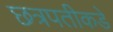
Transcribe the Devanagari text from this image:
छत्रपतीकडे